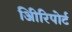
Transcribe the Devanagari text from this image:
अिीरिपोर्ट